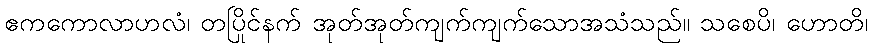
ဧကကောလာဟလံ၊ တပြိုင်နက် အုတ်အုတ်ကျက်ကျက်သောအသံသည်။ သစေပိ၊ ဟောတိ၊